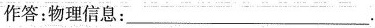
作答：物理信息：___.